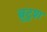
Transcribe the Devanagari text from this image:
ब्रुटुश